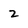
Character: 2